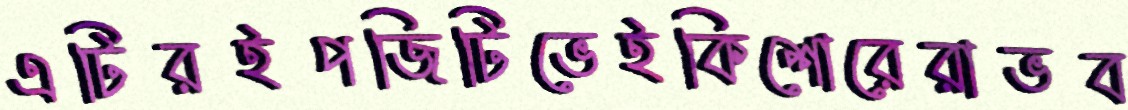
এটিরইপজিটিভেইকিশোরেরাভব